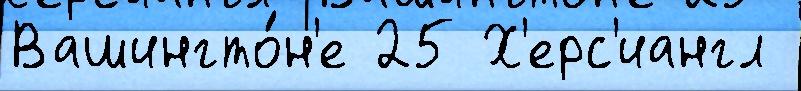
Вашингто́н'е 25 Х'ерс'иангл